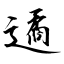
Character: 遹